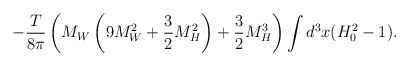
\begin{align*}-\frac{T}{8\pi}\left(M_W \left(9M_W^2+\frac{3}{2}M_H^2\right)+\frac{3}{2}M_H^3\right)\int d^3x (H_0^2-1).\end{align*}